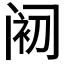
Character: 𲉀